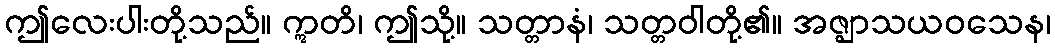
ဤလေးပါးတို့သည်။ ဣတိ၊ ဤသို့။ သတ္တာနံ၊ သတ္တဝါတို့၏။ အဇ္ဈာသယဝသေန၊